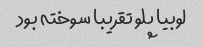
لوبیا پلو تقریبا سوخته بود